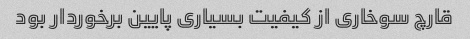
قارچ سوخاری از کیفیت بسیاری پایین برخوردار بود